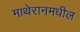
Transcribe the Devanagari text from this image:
माथेरानमधील